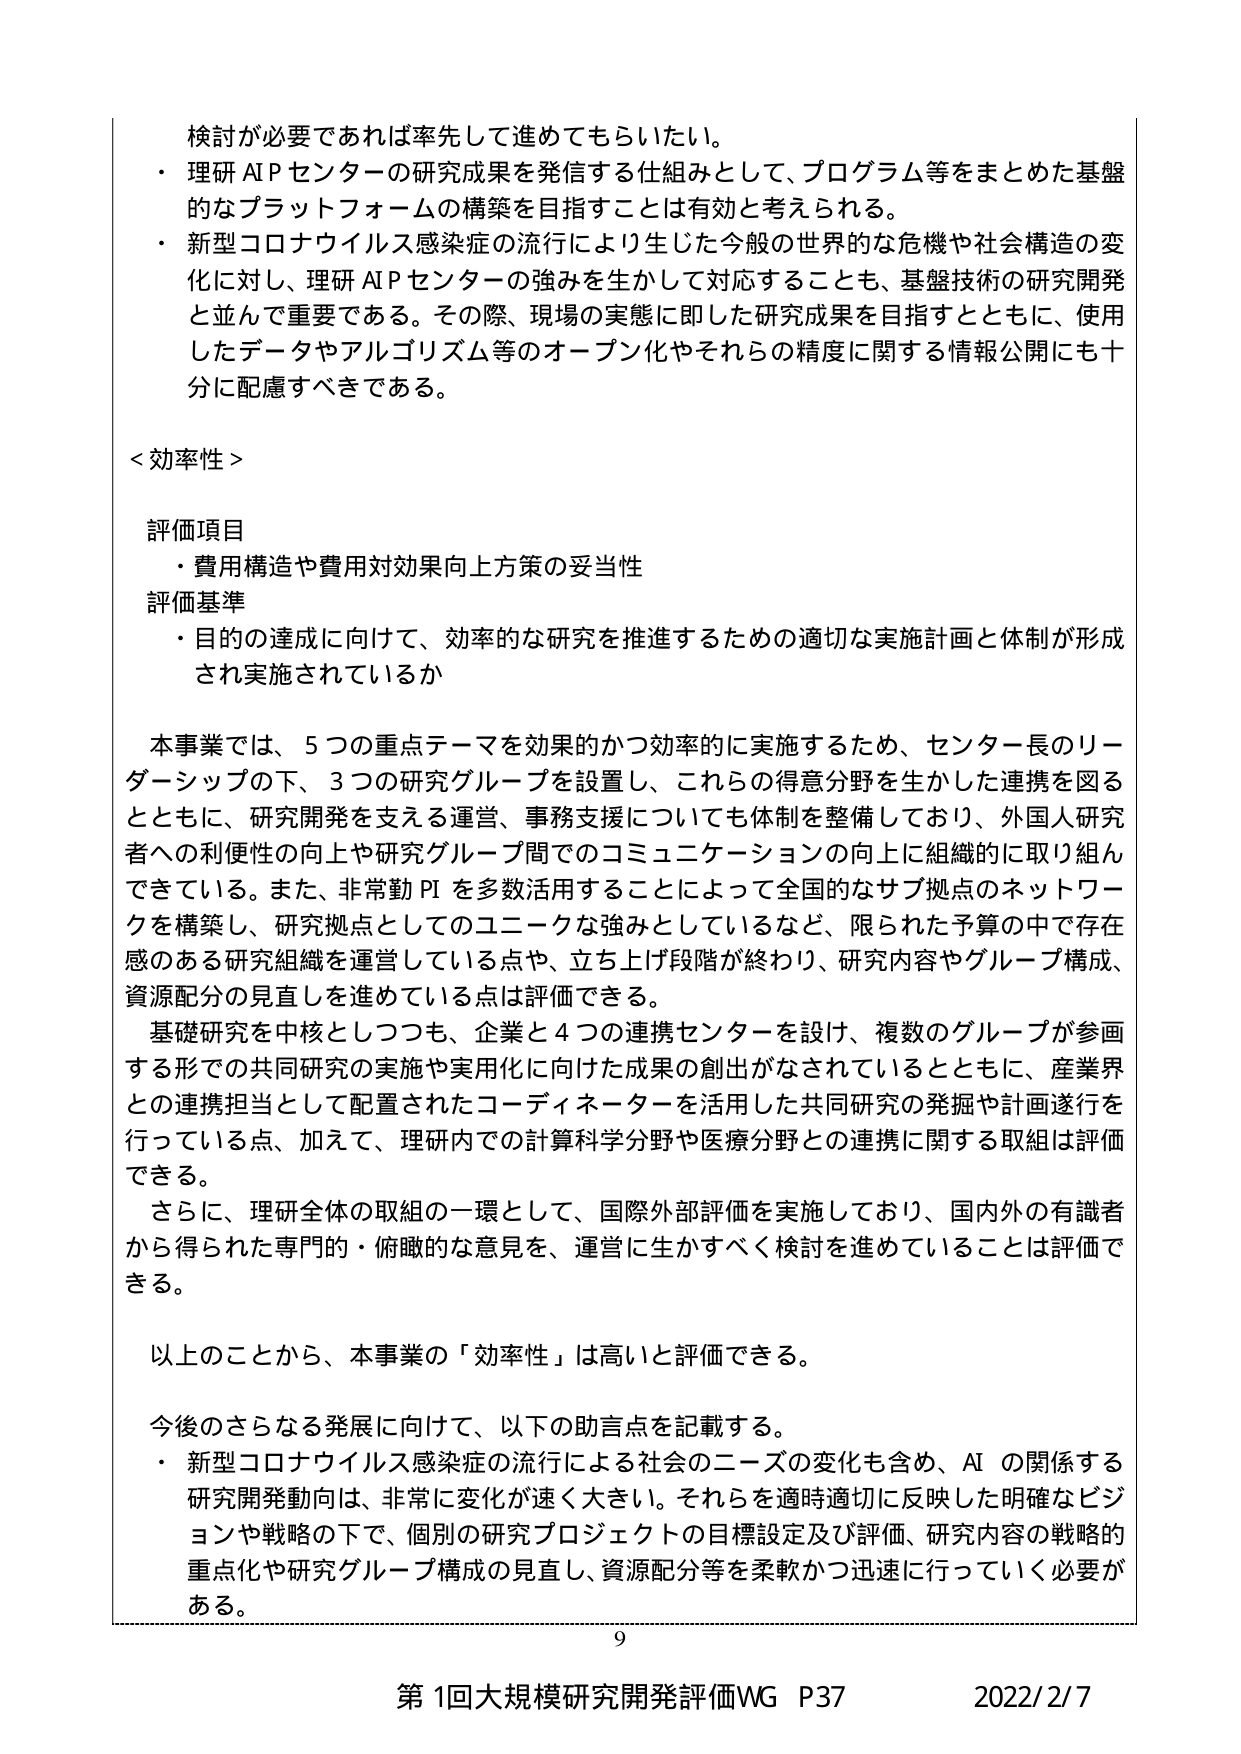
検討が必要であれば率先して進めてもらいたい。
・ 理研 AI P センターの研究成果を発信する仕組みとして、プログラム等をまとめた基盤的なプラットフォームの構築を目指すことは有効と考えられる。
・ 新型コロナウイルス感染症の流行により生じた今般の世界的な危機や社会構造の変化に対し、理研 AI P センターの強みを生かして対応することも、基盤技術の研究開発と並んで重要である。その際、現場の実態に即した研究成果を目指すとともに、使用したデータやアルゴリズム等のオープン化やそれらの精度に関する情報公開にも十分に配慮すべきである。

＜効率性＞

評価項目
・ 費用構造や費用対効果向上方策の妥当性

評価基準
・ 目的の達成に向けて、効率的な研究を推進するための適切な実施計画と体制が形成され実施されているか

本事業では、5つの重点テーマを効果的かつ効率的に実施するため、センター長のリーダーシップの下、3つの研究グループを設置し、これらの得意分野を生かした連携を図るとともに、研究開発を支える運営、事務支援についても体制を整備しており、外国人研究者への利便性の向上や研究グループ間でのコミュニケーションの向上に組織的に取り組んできている。また、非常勤PIを多数活用することによって全国的なサブ拠点のネットワークを構築し、研究拠点としてのユニークな強みとしているなど、限られた予算の中で存在感のある研究組織を運営している点や、立ち上げ段階が終わり、研究内容やグループ構成、資源配分の見直しを進めている点は評価できる。

基礎研究を中核としつつも、企業と4つの連携センターを設け、複数のグループが参画する形での共同研究の実施や実用化に向けた成果の創出がなされているとともに、産業界との連携担当として配置されたコーディネーターを活用した共同研究の発掘や計画遂行を行っている点、加えて、理研内での計算科学分野や医療分野との連携に関する取組は評価できる。

さらに、理研全体の取組の一環として、国際外部評価を実施しており、国内外の有識者から得られた専門的・俯瞰的な意見を、運営に生かすべく検討を進めていることは評価できる。

以上のことから、本事業の「効率性」は高いと評価できる。

今後のさらなる発展に向けて、以下の助言点を記載する。
・ 新型コロナウイルス感染症の流行による社会のニーズの変化も含め、AIの関係する研究開発動向は、非常に変化が速く大きい。それらを適時適切に反映した明確なビジョンや戦略の下で、個別の研究プロジェクトの目標設定及び評価、研究内容の戦略的重点化や研究グループ構成の見直し、資源配分等を柔軟かつ迅速に行っていく必要がある。

9
第1回大規模研究開発評価WG P37 2022/2/7